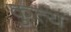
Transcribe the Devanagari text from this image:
कुत्य